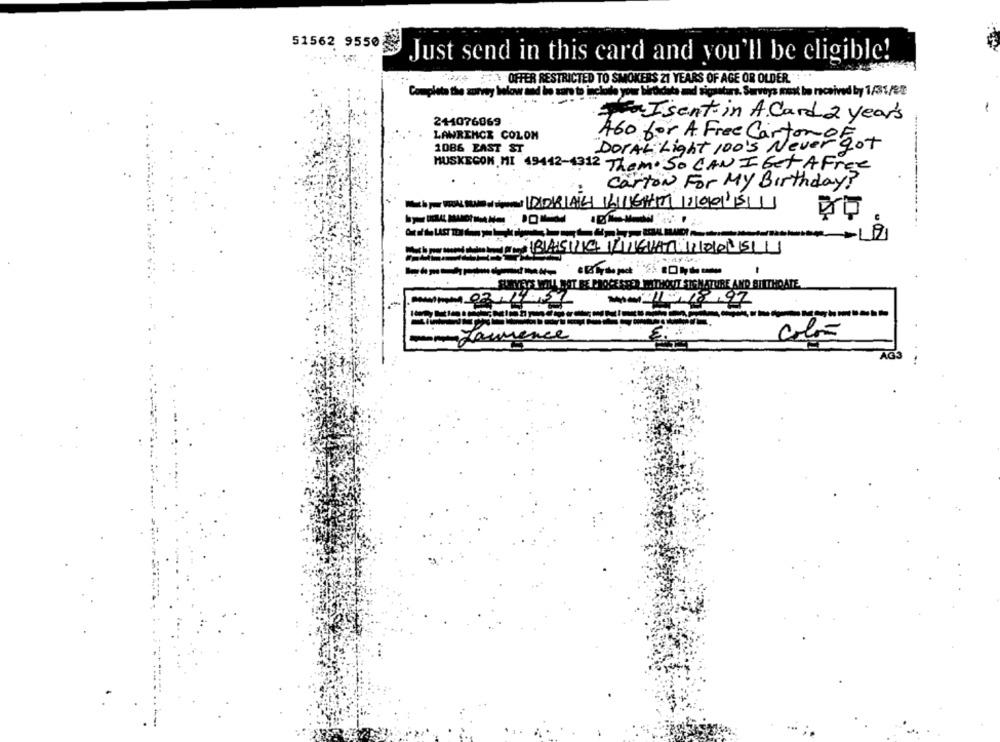
51562 9550
Just send in this card and you'll be eligible!
CAN OFFER RESTRICTED TO SMOKERS 21 YEARS OF AGE OR OLDER.
Completa the sorvey below and bo saro to include your birddate and sigature. Surveys must be received by 1/31/88
Isent in A Card 2 year's
211076069
LAWRENCE COLOM
1086 EAST ST
460 for A Free Carton : 20+
DOPAL Light 100's Never
MUSKEGON, MI 49412-4312 Them. So CAN I Get A Free
Carton For My Birthday!
Much pour WORK Stal of digoval DDRAL LIGAT 20015
SURVEYS WILL NOT BE PROCE STER WITHOUT SIGNATURE AND BIRTHDATE.
Metod 11/18.97
-Laurence
AGS